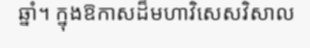
ឆ្នាំ។ ក្នុងឱកាសដ៏មហាវិសេសវិសាល